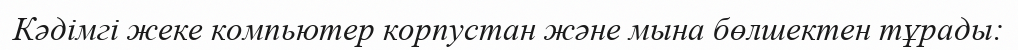
Кәдімгі жеке компьютер корпустан және мына бөлшектен тұрады: